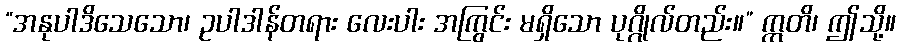
“အနုပါဒိသေသော၊ ဥပါဒါန်တရား လေးပါး အကြွင်း မရှိသော ပုဂ္ဂိုလ်တည်း။” ဣတိ၊ ဤသို့။